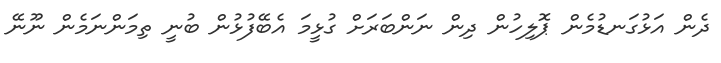
ދެން އަޅުގަނޑުމެން ޕޮލިހުން ދިން ނަންބަރަށް ގުޅީމަ އެބޭފުޅުން ބުނީ ތިމަންނަމެން ނޫނޭ